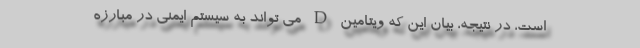
است، در نتیجه، بیان این که ویتامین D می تواند به سیستم ایمنی در مبارزه